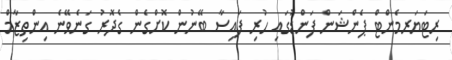
ރިޓަޔަރމެންޓް ޕެންޝަން ފަންޑުގައި ހުރި ފައިސާ ބޭނުން ކޮށްގެން ގެދޮރު ގަނެވޭނެ އިންތިޒާމް